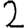
Digit: 2